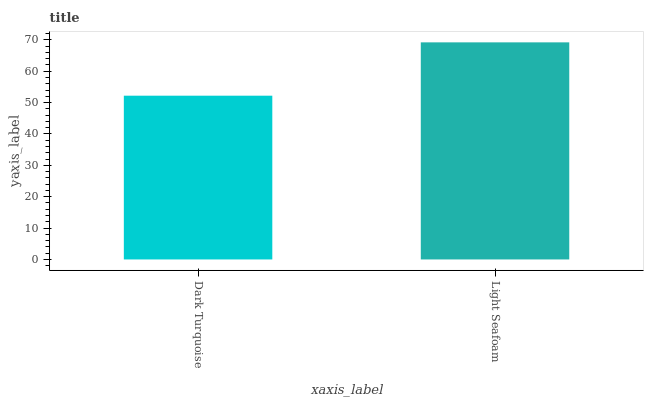
| xaxis_label | bars |
 | --- | --- |
 | Dark Turquoise | 52.2 |
 | Light Seafoam | 69.2 |